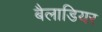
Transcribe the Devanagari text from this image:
बैलाडियर